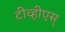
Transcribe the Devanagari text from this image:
टीव्हीएस्